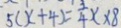
5 ( x + 4 ) = \frac { 3 } { 4 } x \times 8